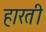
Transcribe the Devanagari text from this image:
हारती